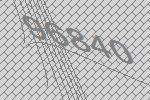
96840